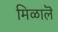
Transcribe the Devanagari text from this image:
मिळालॆ